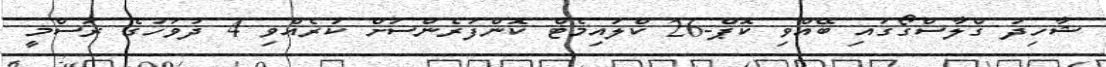
ޝާހިދު ގްލާސްގޯގައި ބޭއްވި ކޮޕް-26 ކްލައިމެޓް ކޮންފަރެންސަށް ކުރެއްވި 4 ދުވަހުގެ ރަސްމީ